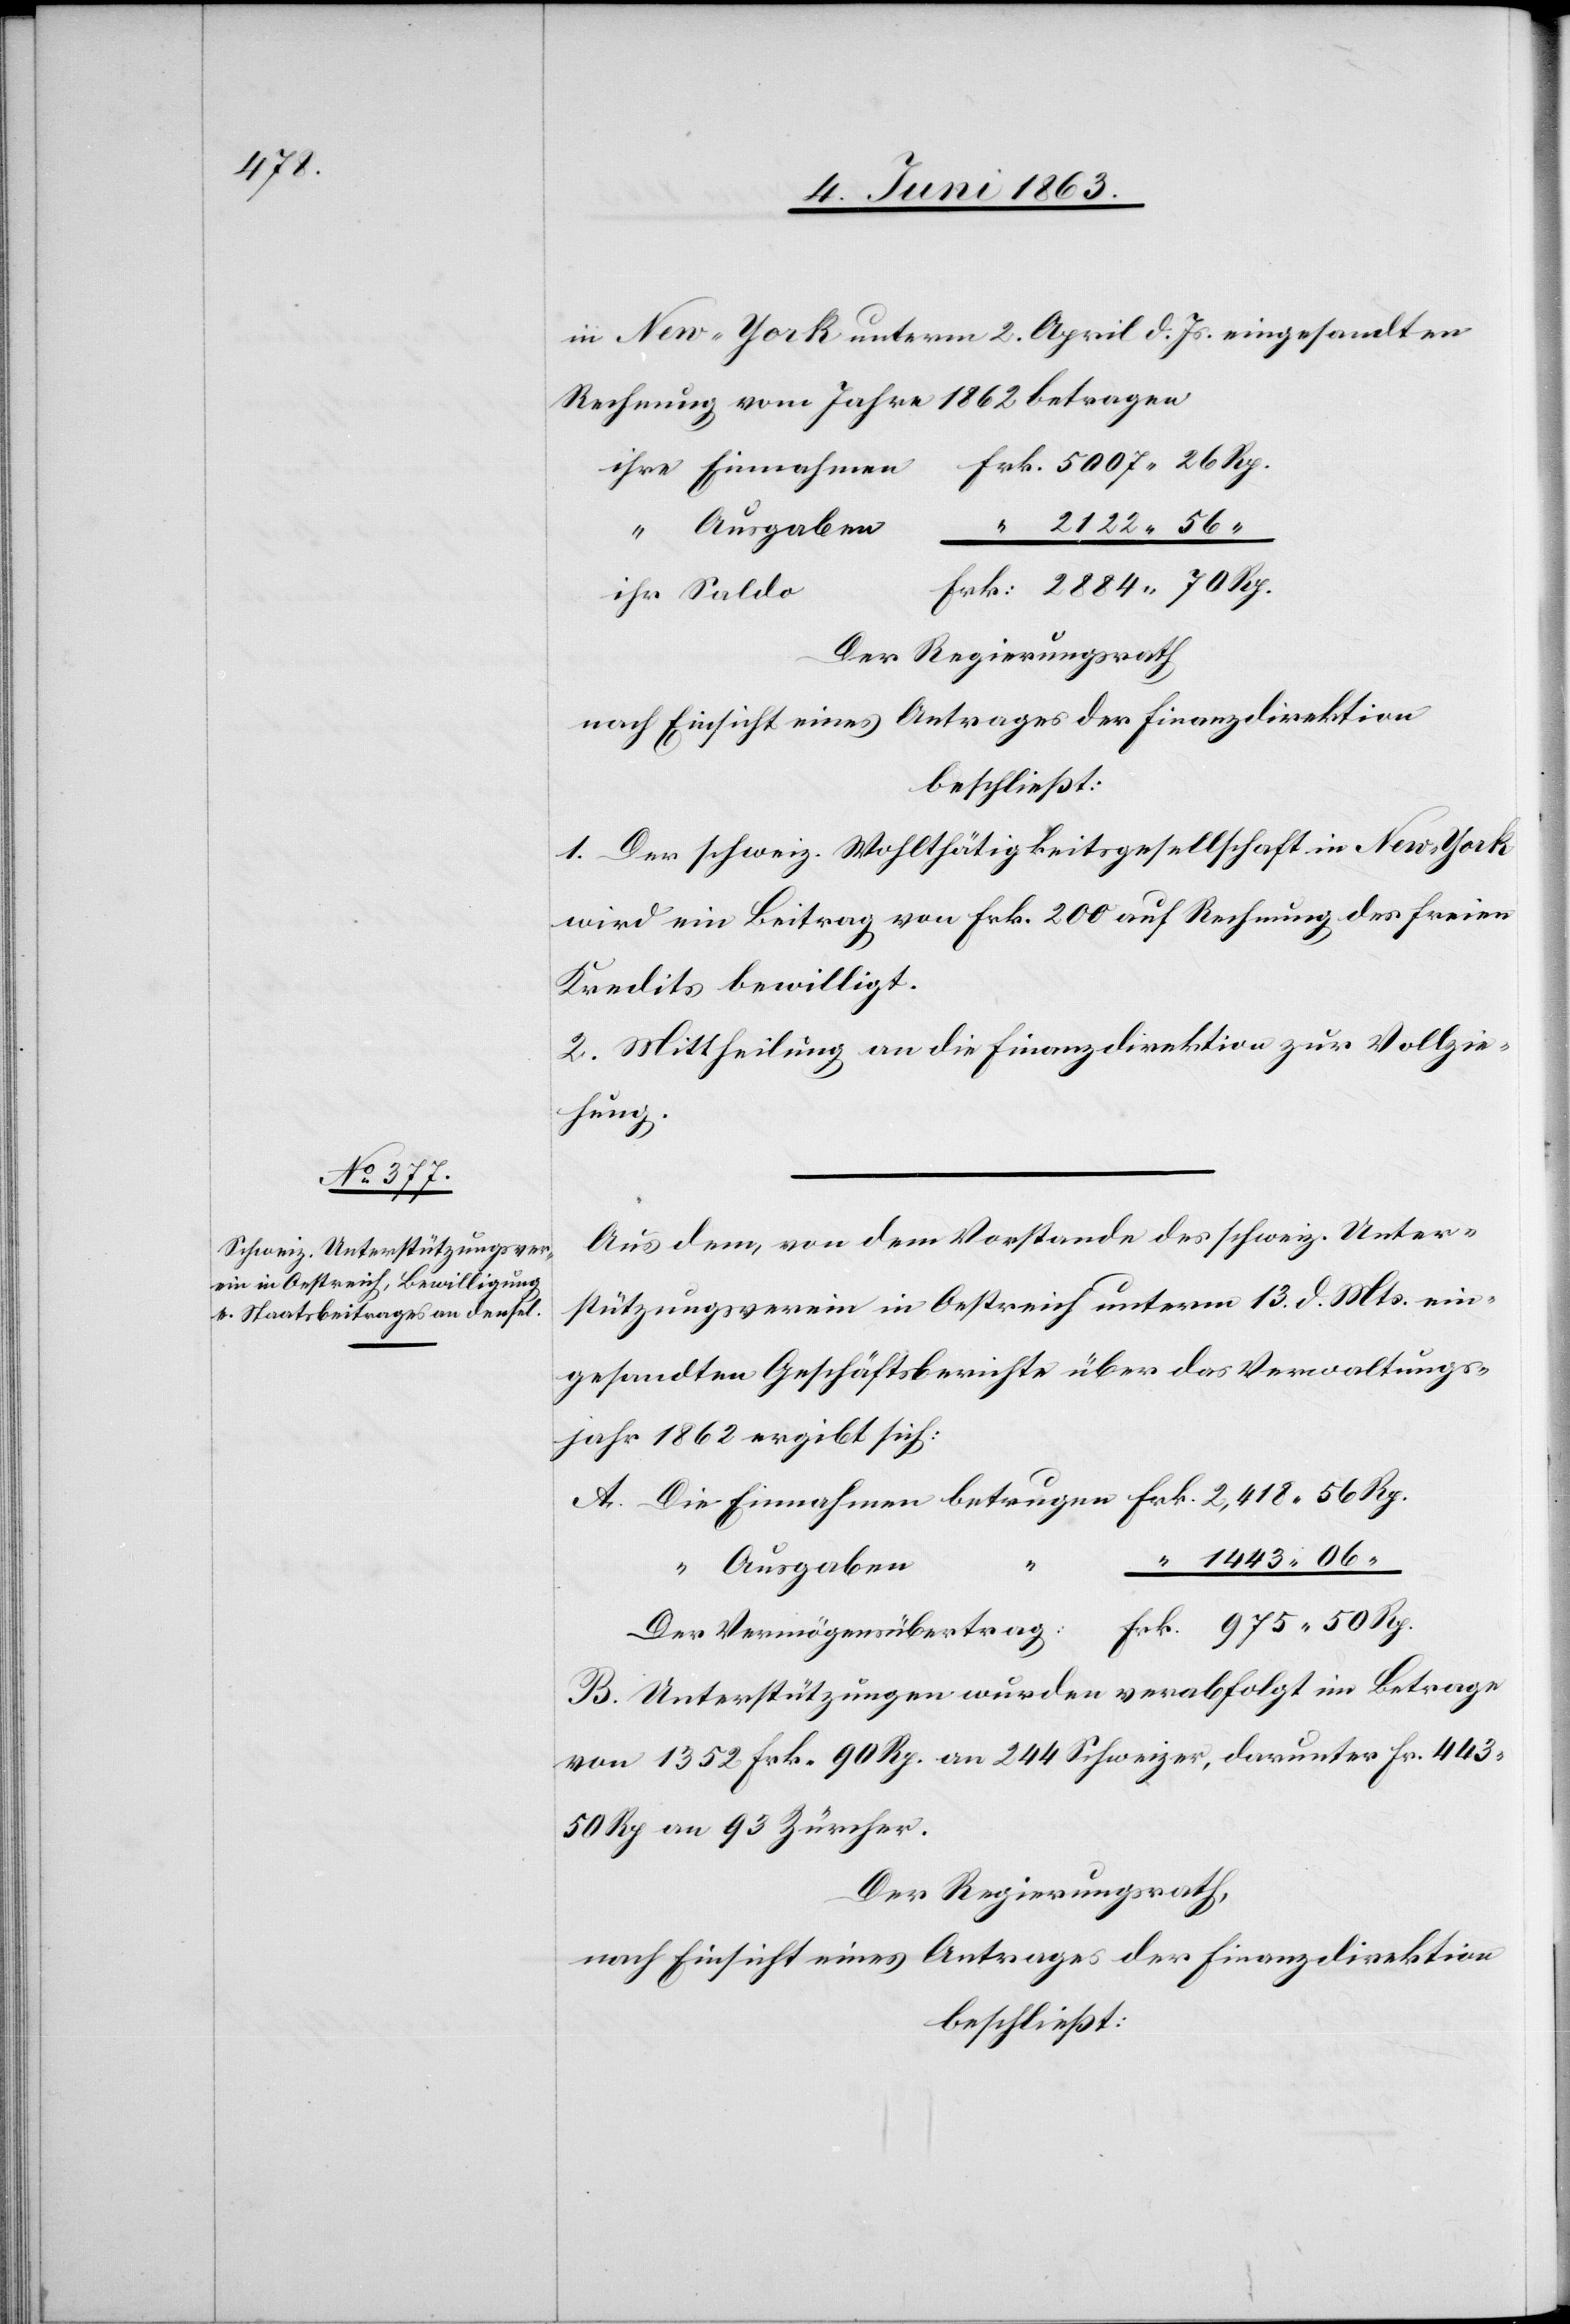
o		F¬

in New-York unterm 2. April d. Js. eingesandten
Rechnung vom Jahre 1862 betragen
ihre Einnahmen	Frk. 5007. 26 Rp.
“	 2122. 56
rk: 2884. 70 Rp.
ihr Sald¬
Der Regierungsrath
nach Einsicht eines Antrages der Finanzdirektion
beschließt:
1. Der schweiz. Wohlthätigkeitsgesellschaft in New-York
wird ein Beitrag von Frk. 200 auf Rechnung des freien
Kredits bewilligt.
2. Mittheilung an die Finanzdirektion zur Vollzie¬
hung.
Aus dem, von dem Vorstande des schweiz. Unter¬
stützungsverein in Oestreich unterm 13. d. Mts. ein¬
gesandten Geschäftsberichte über das Verwaltungs¬
jahr 1862 ergibt sich:
A. Die Einnahmen betrugen Frk. 2,418. 56 Rp.
1443. 06.
Frk. 975. 50 Rp.
Der Vermögensübertrag:
B. Unterstützungen wurden verabfolgt im Betrage
von 1352 Frk. 90 Rp. an 244 Schweizer, darunter Fr. 443.
50 Rp an 93 Zürcher.
Der Regierungsrath,
nach Einsicht eines Antrages der Finanzdirektion
beschließt: